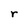
Character: r